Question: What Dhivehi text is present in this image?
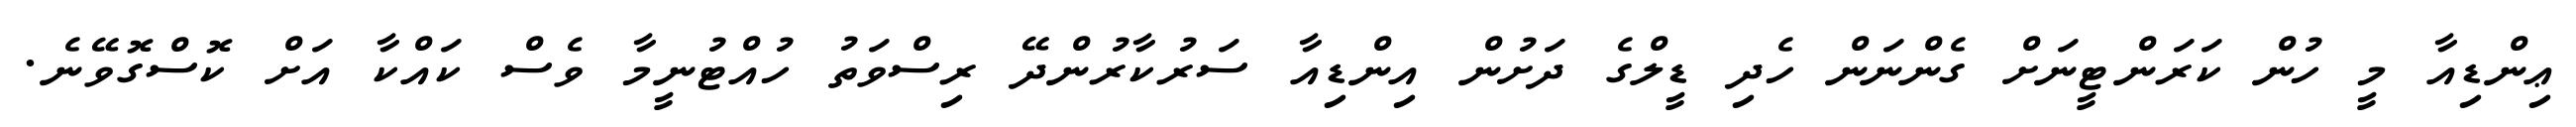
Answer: ޢިންޑިއާ މީ ހުން ކަރަންޓީނަށް ގެންނަން ހެދި ޑީލްގެ ދަށުން އިންޑިއާ ސަރުކާރުންދޭ ރިސްވަތު ހުއްޓުނީމާ ވެސް ކައްކާ އަށް ކޮސްގޮވޭނެ.